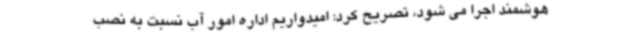
هوشمند اجرا می شود، تصریح کرد: امیدواریم اداره امور آب نسبت به نصب